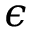
\epsilon